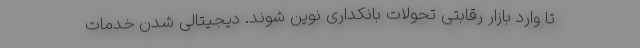
تا وارد بازار رقابتی تحولات بانکداری نوین شوند. دیجیتالی شدن خدمات